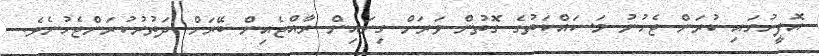
އޮފީހުގައި ކުރަން ޖެހުނު މަސައްކަތުގެ ގޮތުން ވަރަށް ގިނައިން ރާއްޖެއިން ބޭރަށް ދަތުރުކުރަންޖެހުނެވެ.